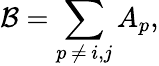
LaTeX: \mathcal{B}=\sum_{p\, \neq\, i,j}A_{p},